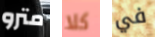
مترو كلا في